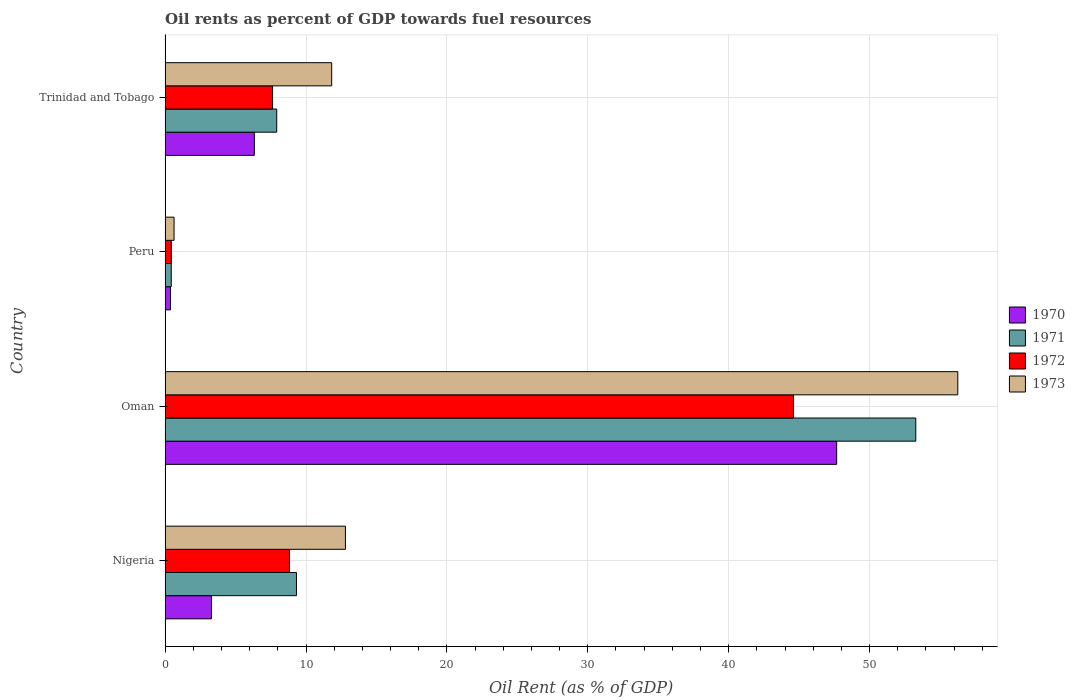
| Country | 1970 | 1971 | 1972 | 1973 |
 | --- | --- | --- | --- | --- |
 | Nigeria | 3.29 | 9.32 | 8.83 | 12.8 |
 | Oman | 47.7 | 53.3 | 44.6 | 56.3 |
 | Peru | 0.385 | 0.437 | 0.439 | 0.636 |
 | Trinidad and Tobago | 6.33 | 7.92 | 7.63 | 11.8 |